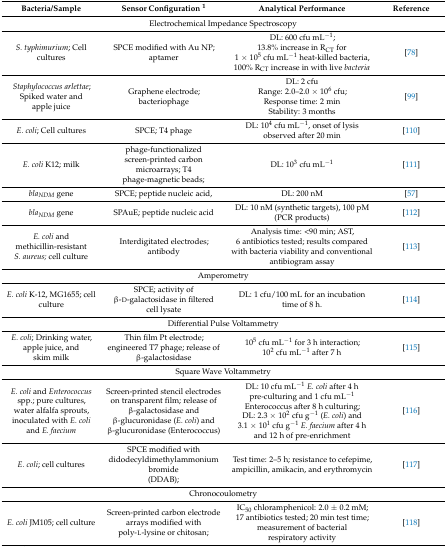
<table><thead><tr><td><b>Bacteria/Sample</b></td><td><b>Sensor Configuration <sup>1</sup></b></td><td><b>Analytical Performance</b></td><td><b>Reference</b></td></tr></thead><tbody><tr><td colspan="4">Electrochemical Impedance Spectroscopy</td></tr><tr><td><i>S. typhimurium</i>; Cell cultures</td><td>SPCE modified with Au NP; aptamer</td><td>DL: 600 cfu mL<sup>−1</sup>;13.8% increase in R<sub>CT</sub> for 1 × 10<sup>5</sup> cfu mL<sup>−1</sup> heat-killed bacteria, 100% R<sub>CT</sub> increase in with live <i>bacteria</i></td><td>[78]</td></tr><tr><td><i>Staphylococcus arlettae</i>; Spiked water and apple juice</td><td>Graphene electrode; bacteriophage</td><td>DL: 2 cfuRange: 2.0–2.0 × 10<sup>6</sup> cfu; Response time: 2 minStability: 3 months</td><td>[99]</td></tr><tr><td><i>E. coli</i>; Cell cultures</td><td>SPCE; T4 phage</td><td>DL: 10<sup>4</sup> cfu mL<sup>−1</sup>, onset of lysis observed after 20 min</td><td>[110]</td></tr><tr><td><i>E. coli</i> K12; milk</td><td>phage-functionalized screen-printed carbon microarrays; T4 phage-magnetic beads;</td><td>DL: 10<sup>3</sup> cfu mL<sup>−1</sup></td><td>[111]</td></tr><tr><td><i>bla<sub>NDM</sub></i> gene </td><td>SPCE; peptide nucleic acid, </td><td>DL: 200 nM </td><td>[57]</td></tr><tr><td><i>bla<sub>NDM</sub></i> gene </td><td>SPAuE; peptide nucleic acid </td><td>DL: 10 nM (synthetic targets), 100 pM (PCR products) </td><td>[112]</td></tr><tr><td><i>E. coli</i> and methicillin-resistant <i>S. aureus;</i> cell culture</td><td>Interdigitated electrodes; antibody </td><td>Analysis time: &lt;90 min; AST, 6 antibiotics tested; results compared with bacteria viability and conventional antibiogram assay</td><td>[113]</td></tr><tr><td colspan="4">Amperometry</td></tr><tr><td><i>E. coli</i> K-12, MG1655; cell culture</td><td>SPCE; activity of β-d-galactosidase in filtered cell lysate </td><td>DL: 1 cfu/100 mL for an incubation time of 8 h.</td><td>[114]</td></tr><tr><td colspan="4">Differential Pulse Voltammetry</td></tr><tr><td><i>E. coli</i>; Drinking water, apple juice, and skim milk</td><td>Thin film Pt electrode; engineered T7 phage; release of β-galactosidase</td><td>10<sup>5</sup> cfu mL<sup>−1</sup> for 3 h interaction;10<sup>2</sup> cfu mL<sup>−1</sup> after 7 h</td><td>[115]</td></tr><tr><td colspan="4">Square Wave Voltammetry</td></tr><tr><td><i>E. coli</i> and <i>Enterococcus</i> spp.; pure cultures, water alfalfa sprouts, inoculated with <i>E. coli</i> and <i>E. faecium</i></td><td>Screen-printed stencil electrodes on transparent film; release of β-galactosidase and β-glucuronidase (<i>E. coli</i>) and β-glucuronidase (Enterococcus) </td><td>DL: 10 cfu mL<sup>−1</sup><i>E. coli</i> after 4 h pre-culturing and 1 cfu mL<sup>−1</sup> Enterococcus after 8 h culturing;DL: 2.3 × 10<sup>2</sup> cfu g<sup>−1</sup> (<i>E. coli</i>) and 3.1 × 10<sup>1</sup> cfu g<sup>−1</sup><i>E. faecium</i> after 4 h and 12 h of pre-enrichment</td><td>[116]</td></tr><tr><td><i>E. coli</i>; cell cultures</td><td>SPCE modified with didodecyldimethylammonium bromide(DDAB); </td><td>Test time: 2–5 h; resistance to cefepime, ampicillin, amikacin, and erythromycin</td><td>[117]</td></tr><tr><td colspan="4">Chronocoulometry</td></tr><tr><td><i>E. coli</i> JM105; cell culture</td><td>Screen-printed carbon electrode arrays modified with poly-l-lysine or chitosan; </td><td>IC<sub>50</sub> chloramphenicol: 2.0 ± 0.2 mM; 17 antibiotics tested; 20 min test time; measurement of bacterial respiratory activity</td><td>[118]</td></tr></tbody></table>